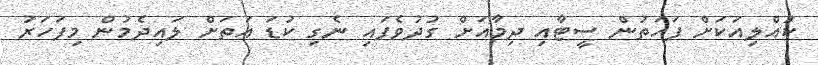
ކުއްލިއަކަށް ފަހަތުން ސީޓާއި ދިމާއަށް ގުދުވެފައި ނެގި ކުޑަ އަތަށް ލައިދެމުން މިފަހަރު